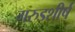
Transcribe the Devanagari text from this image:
गरुडशीर्ष